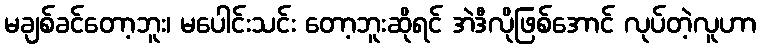
မချစ်ခင်တော့ဘူး၊ မပေါင်းသင်း တော့ဘူးဆိုရင် အဲဒီလိုဖြစ်အောင် လုပ်တဲ့လူဟာ